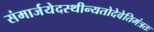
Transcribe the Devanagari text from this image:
संमार्जयेदस्थीन्यतोदेवेतिमंत्रतः